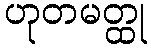
ဟုတမတ္ထု